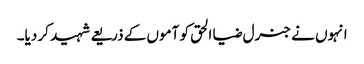
انہوں نے جنرل ضیا الحق کو آموں کے ذریعے شہید کر دیا۔